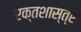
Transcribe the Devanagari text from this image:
रक्तशास्त्र